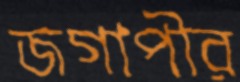
জগাপীর